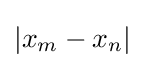
\left|x_{m}-x_{n}\right|